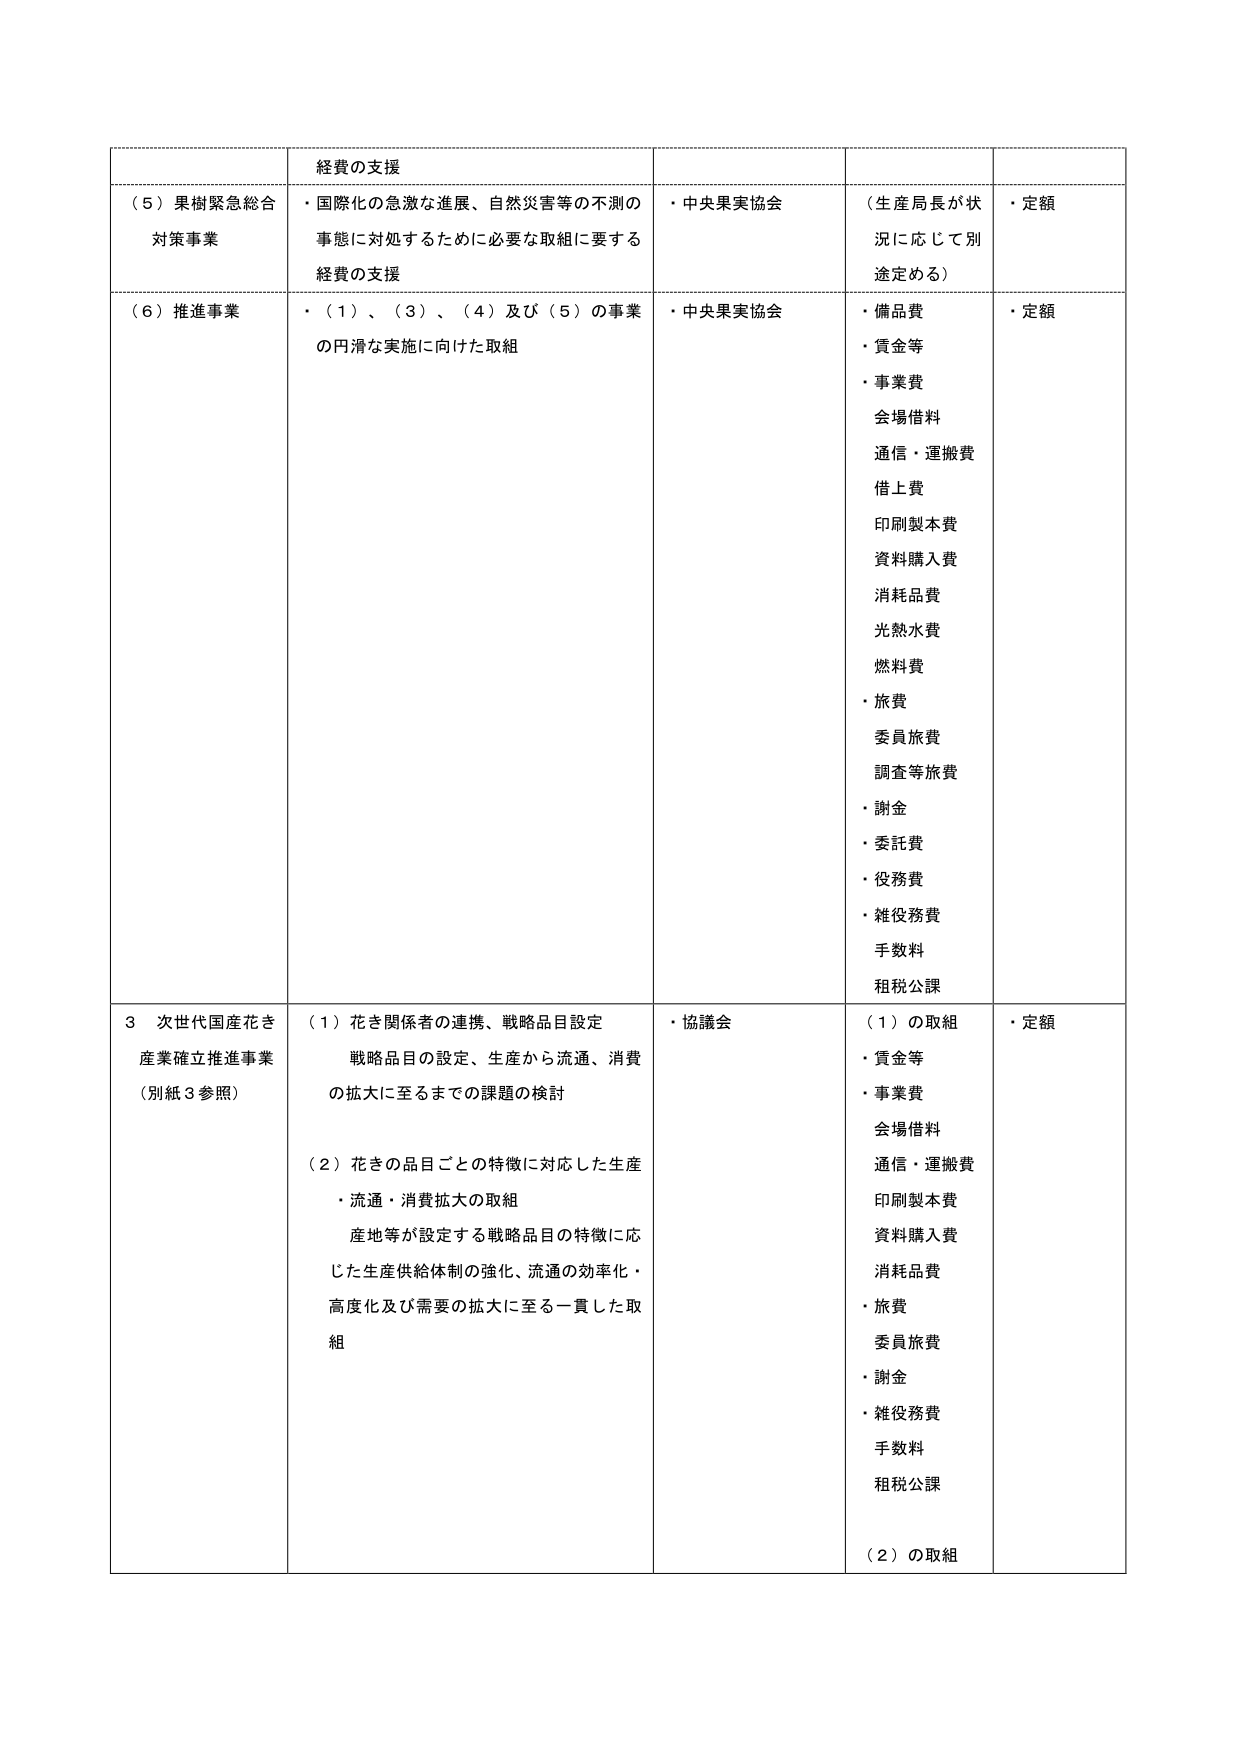
経費の支援
（５）果樹緊急総合
対策事業
・国際化の急激な進展、自然災害等の不測の
事態に対処するために必要な取組に要する
経費の支援
・中央果実協会
（生産局長が状
況に応じて別
途定める）
・定額
（６）推進事業
・（１）、（３）、（４）及び（５）の事業
の円滑な実施に向けた取組
・中央果実協会
・備品費
・賃金等
・事業費
会場借料
通信・運搬費
借上費
印刷製本費
資料購入費
消耗品費
光熱水費
燃料費
・旅費
委員旅費
調査等旅費
・謝金
・委託費
・役務費
・雑役務費
手数料
租税公課
・定額
３ 次世代国産花き
産業確立推進事業
（別紙３参照）
（１）花き関係者の連携、戦略品目設定
戦略品目の設定、生産から流通、消費
の拡大に至るまでの課題の検討
（２）花きの品目ごとの特徴に対応した生産
・流通・消費拡大の取組
産地等が設定する戦略品目の特徴に応
じた生産供給体制の強化、流通の効率化・
高度化及び需要の拡大に至る一貫した取
組
・協議会
（１）の取組
・賃金等
・事業費
会場借料
通信・運搬費
印刷製本費
資料購入費
消耗品費
・旅費
委員旅費
・謝金
・雑役務費
手数料
租税公課
（２）の取組
・定額